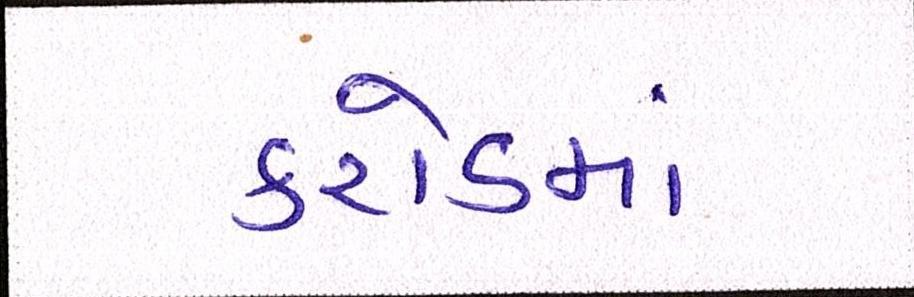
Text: કરોડમાં